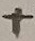
Text: +